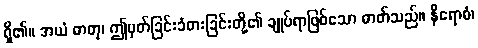
ရှိ၏။ အယံ ဓာတု၊ ဤမှတ်ခြင်းခံစားခြင်းတို့၏ ချုပ်ရာဖြစ်သော ဓာတ်သည်။ နိရောဓံ၊